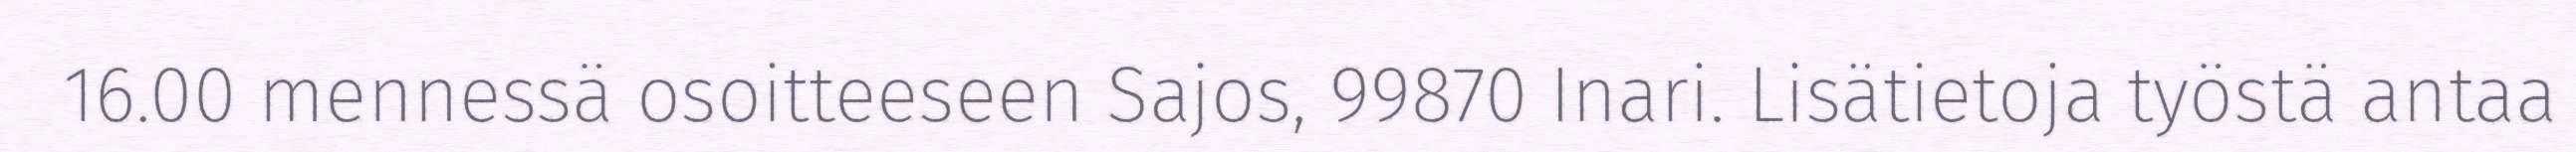
16.00 mennessä osoitteeseen Sajos, 99870 Inari. Lisätietoja työstä antaa